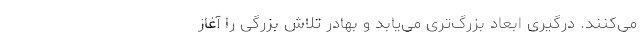
می‌کنند. درگیری ابعاد بزرگ‌تری می‌یابد و بهادر تلاش بزرگی را آغاز